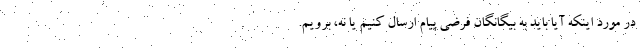
در مورد اینکه آیا باید به بیگانگانِ فرضی پیام ارسال کنیم یا نه، برویم.